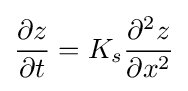
{\frac {\partial z}{\partial t}}=K_{s}{\frac {\partial ^{2}z}{\partial x^{2}}}